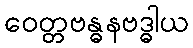
ဝေတ္တဗန္ဓနဗဒ္ဓါယ